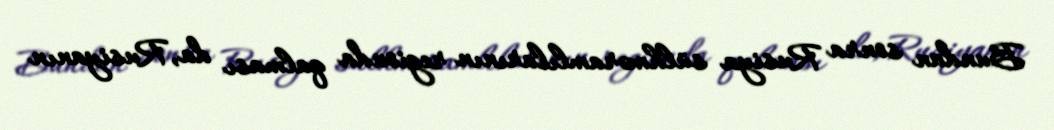
Bundan sonra Rusiya sülhməramlılarının regionda qalması da, Rusiyanın